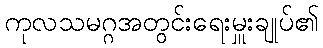
ကုလသမဂ္ဂအတွင်းရေးမှူးချုပ်၏